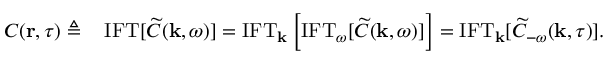
\begin{array} { r l } { C ( { \bf r } , \tau ) \triangleq } & { \, { \mathrm { I F T } } [ \widetilde { C } ( { \bf k } , \omega ) ] = { \mathrm { I F T } } _ { { \bf k } } \left[ { \mathrm { I F T } } _ { \omega } [ \widetilde { C } ( { \bf k } , \omega ) ] \right] = { \mathrm { I F T } } _ { { \bf k } } [ \widetilde { C } _ { - \omega } ( { \bf k } , \tau ) ] . } \end{array}